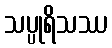
သပ္ပုရိသဿ